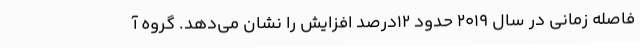
فاصله زمانی در سال ۲۰۱۹ حدود ۱۲درصد افزایش را نشان می‌دهد. گروه آ